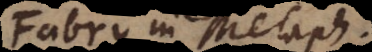
Fabry in Metaph.